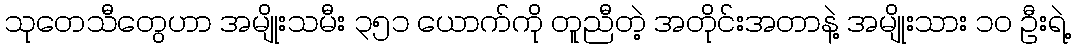
သုတေသီတွေဟာ အမျိုးသမီး ၃၅၁ ယောက်ကို တူညီတဲ့ အတိုင်းအတာနဲ့ အမျိုးသား ၁၀ ဦးရဲ့